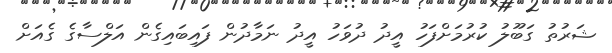
ޝަރުތު ގަބޫލު ކުރުމަށްފަހު އީދު ދުވަހު އީދު ނަމާދުން ފައިބައިގެން އަލްސާގެ ގެއަށް